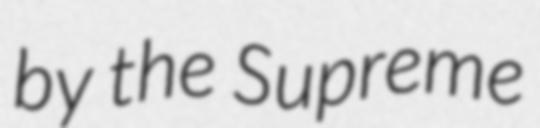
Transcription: by the Supreme